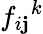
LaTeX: f_{i\mathbf{j}}{}^{k}